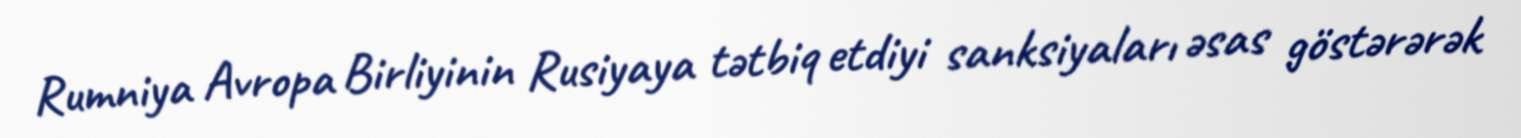
Rumniya Avropa Birliyinin Rusiyaya tətbiq etdiyi sanksiyaları əsas göstərərək